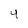
Character: 4